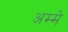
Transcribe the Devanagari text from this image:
अम्मे